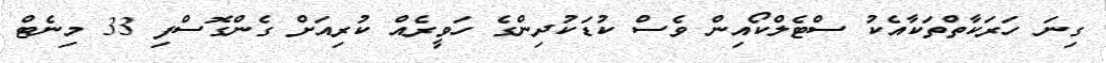
ގިނަ ހަރަކާތްތަކާއެކު ސްޓެލްކޯއިން ވެސް ކުޑަކުދިންގެ ހަވީރެއް ކުރިއަށް ގެންގޮސްފި 33 މިނެޓް